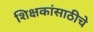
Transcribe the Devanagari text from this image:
शिक्षकांसाठीचे